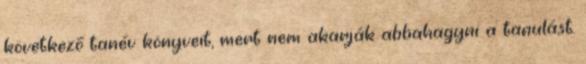
következő tanév könyveit, mert nem akarják abbahagyni a tanulást.